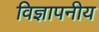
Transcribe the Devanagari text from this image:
विज्ञापनीय